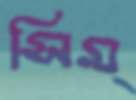
সিম্